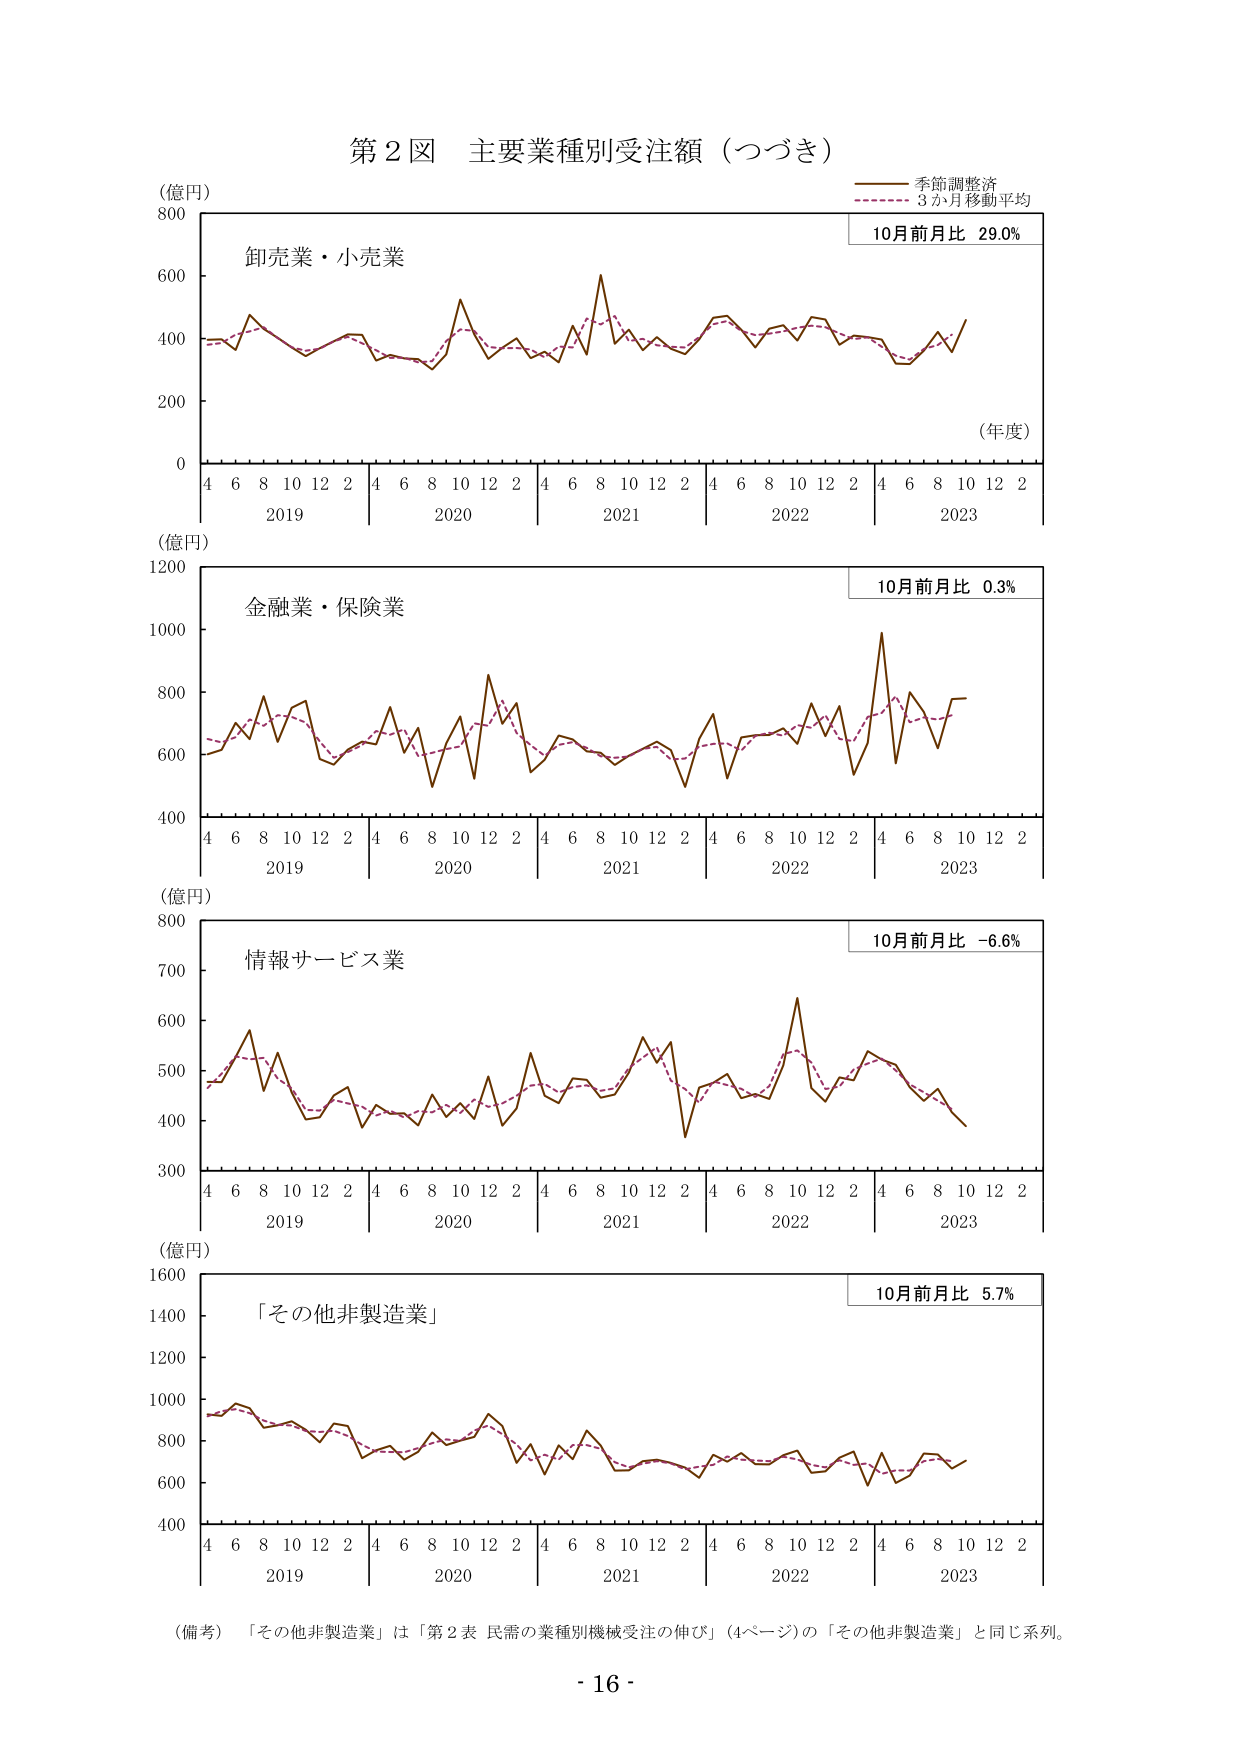
第２図 主要業種別受注額（つづき）

（億円）
800
600
400
200
0
4 6 8 10 12 2 4 6 8 10 12 2 4 6 8 10 12 2 4 6 8 10 12 2 4 6 8 10 12 2
2019 2020 2021 2022 2023
（年度）
卸売業・小売業
季節調整済
3か月移動平均
10月前月比 29.0%

（億円）
1200
1000
800
600
400
4 6 8 10 12 2 4 6 8 10 12 2 4 6 8 10 12 2 4 6 8 10 12 2 4 6 8 10 12 2
2019 2020 2021 2022 2023
金融業・保険業
10月前月比 0.3%

（億円）
800
700
600
500
400
300
4 6 8 10 12 2 4 6 8 10 12 2 4 6 8 10 12 2 4 6 8 10 12 2 4 6 8 10 12 2
2019 2020 2021 2022 2023
情報サービス業
10月前月比 -6.6%

（億円）
1600
1400
1200
1000
800
600
400
4 6 8 10 12 2 4 6 8 10 12 2 4 6 8 10 12 2 4 6 8 10 12 2 4 6 8 10 12 2
2019 2020 2021 2022 2023
「その他非製造業」
10月前月比 5.7%

（備考）「その他非製造業」は「第２表 民需の業種別機械受注の伸び」（4ページ）の「その他非製造業」と同じ系列。

- 16 -